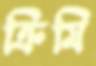
ক্রিমি